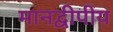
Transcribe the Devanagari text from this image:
मानद्वीपीय